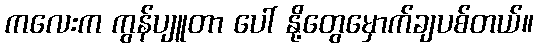
ကလေးက ကွန်ပျူတာ ပေါ် နို့တွေမှောက်ချပစ်တယ်။